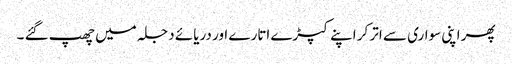
پھر اپنی سواری سے اتر کر اپنے کپڑے اتارے اور دریائے دجلہ میں چھپ گئے ۔